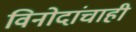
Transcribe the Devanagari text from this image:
विनोदांचाही